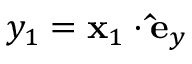
y _ { 1 } = \mathbf { x } _ { 1 } \cdot \mathbf { \hat { e } } _ { y }